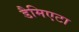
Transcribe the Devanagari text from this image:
डैमिएटा